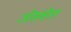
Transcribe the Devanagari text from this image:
जोसव्हेडन